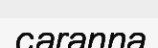
caranna